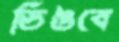
ডিঙবে